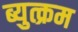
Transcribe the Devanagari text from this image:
ब्युत्क्रम